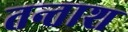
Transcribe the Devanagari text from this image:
तन्ताश